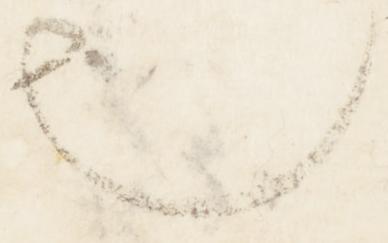
也